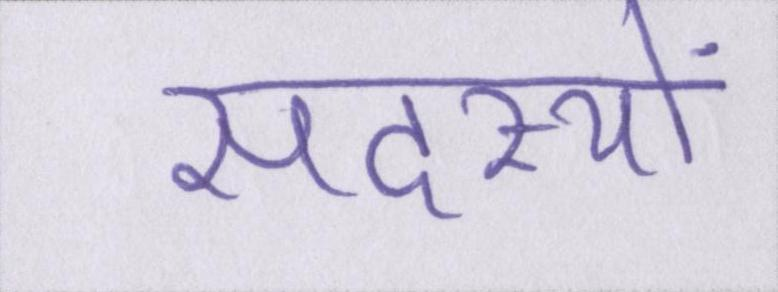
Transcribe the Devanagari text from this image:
सदस्यों